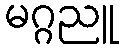
မဂ္ဂညူ